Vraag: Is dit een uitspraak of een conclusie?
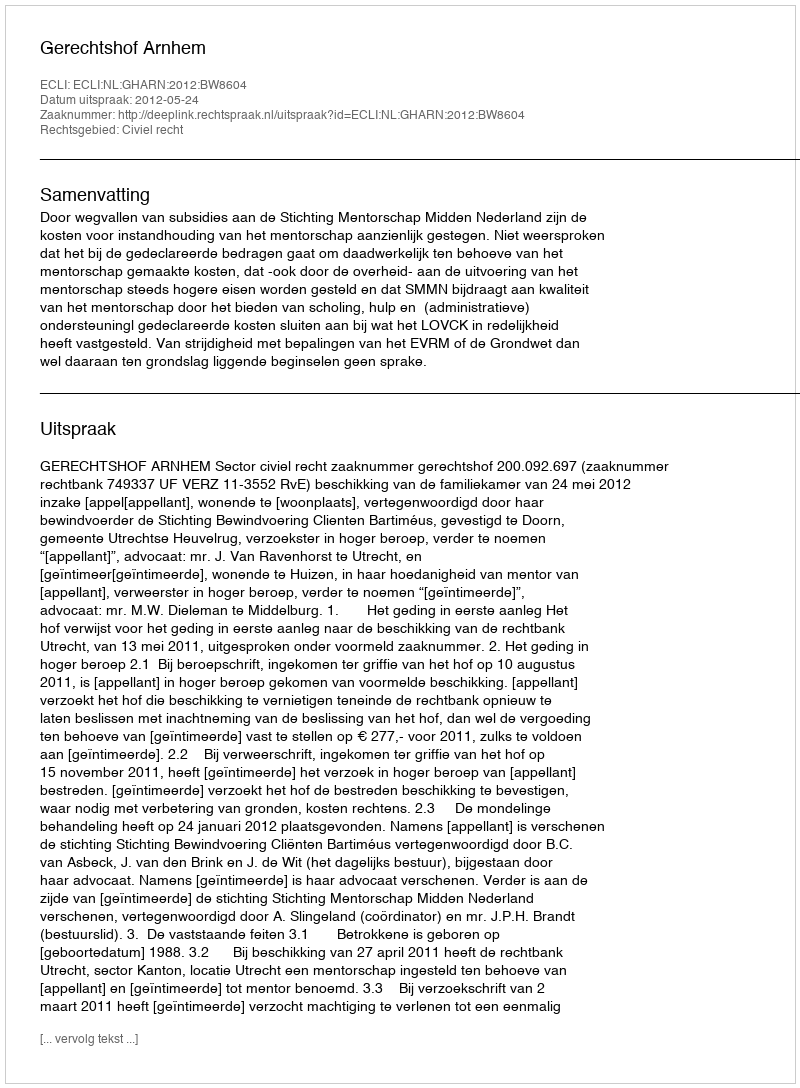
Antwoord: Uitspraak